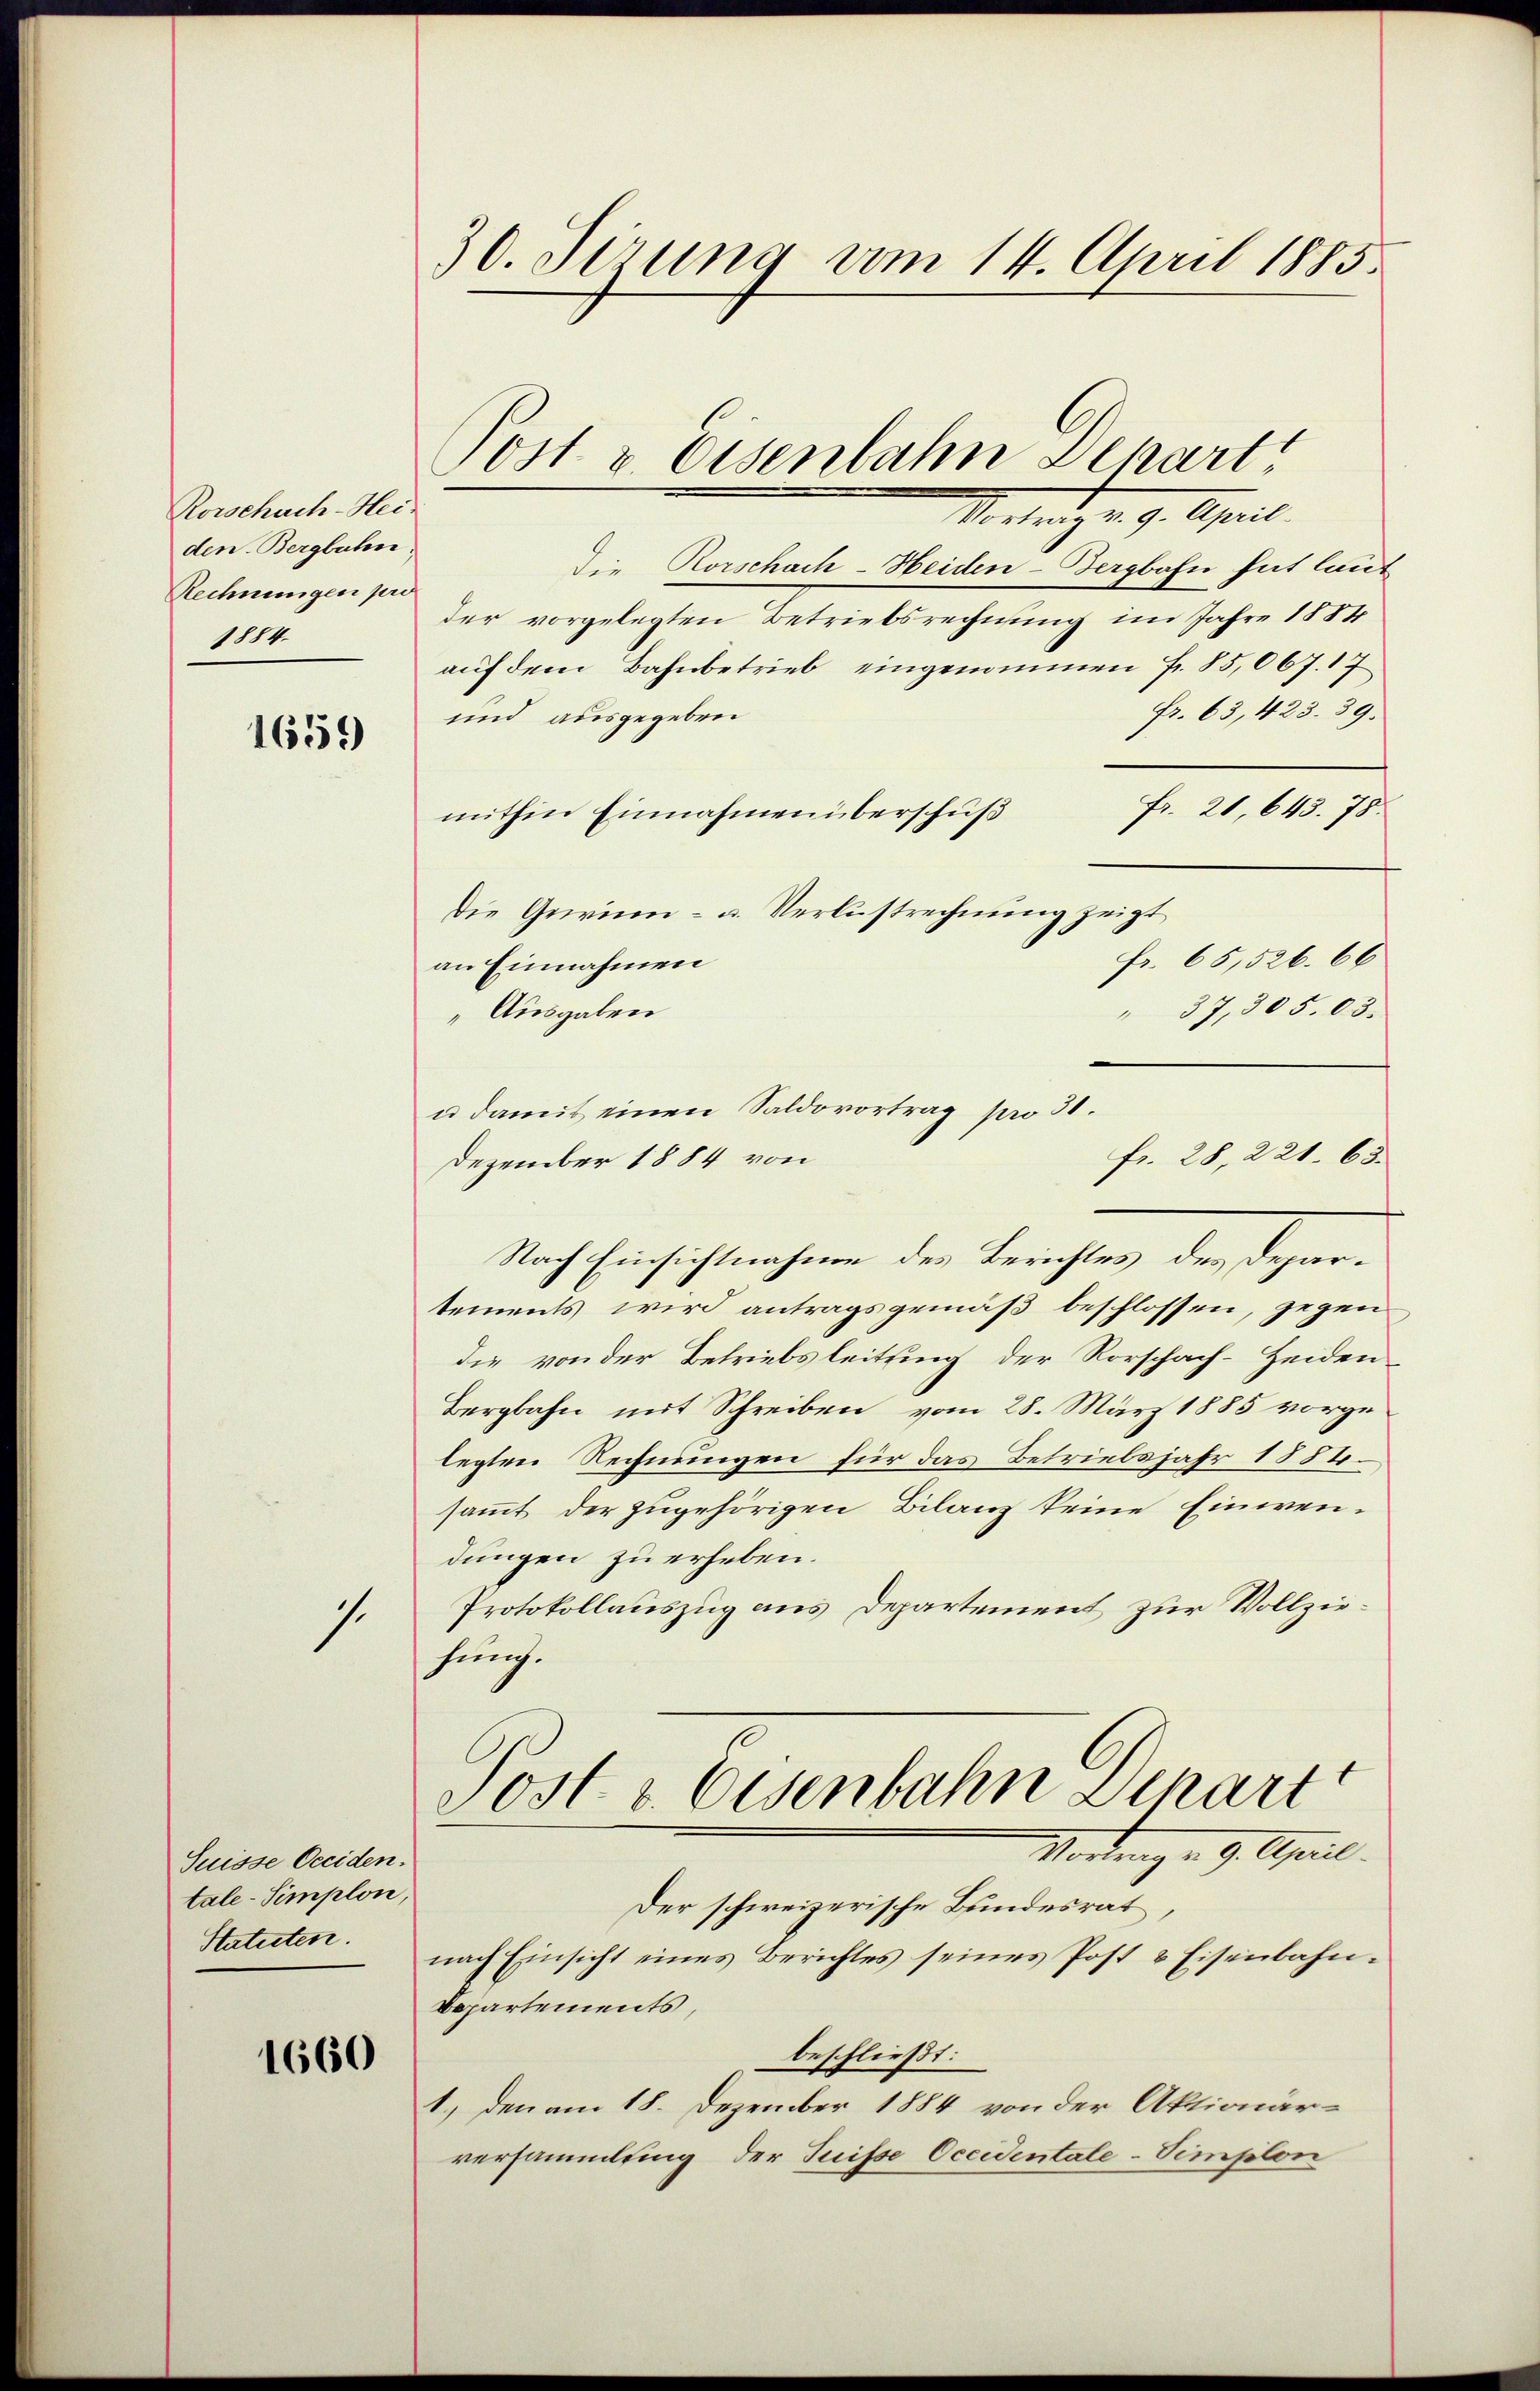
Rorschach-Hei-
den. Bergbahn.
Rechnungen pro
1884.

1659

1.

Suisse Occiden.
tale-Simplon,
Statuten.

1660

30. Serung vom 14. April 1885.

Jost & Eisenbahn Depart

Vortrag v. 9. April.
Die Rorschach-Heiden-Bergbahn hat laut
der vorgelegten Betriebsrechnung im Jahre 1884
auf dem Bahnbetrieb eingenommen Fr. 85,067. 17
fr. 63, 423. 39.
und ausgegeben
fr. 20, 643. 78.
mithin Einnahmen überschuß
Die Gewinn- u. Verlustrechnung zeigt
Fr. 65,526. 66
an Einnahmen
" 37, 305.03.
Ausgaben
u damit einen Saldovortrag pro 31.
Dezember 1884 von
Nach Einsichtnahme der Berichtes des Departements wird antragsgemäß beschlossen, gegen
die von der Betriebsleitung der Vorschach-Heiden
Bergbahn mit Schreiben vom 28. März 1885 vorgelegten Rechnungen für das Betriebsjahr 1884.
sammt der zugehörigen Bilanz keine Einwendungen zu erheben.
Protokollauszug aus Departement zur Vollziefürch.
Post v. Eisenbahn Depart
Vortrag v. 9. April.
Der schweizerische Bundesrat
nach Einsicht eines Berichtes seines Post & Eisenbahn¬
Departements,
beschließt:
1.) den am 18. Dezember 1884 von der Aktionärversammlung der Suisse Occidentale-Simplon

fr. 28, 221. 63.